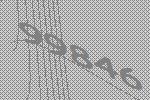
99846